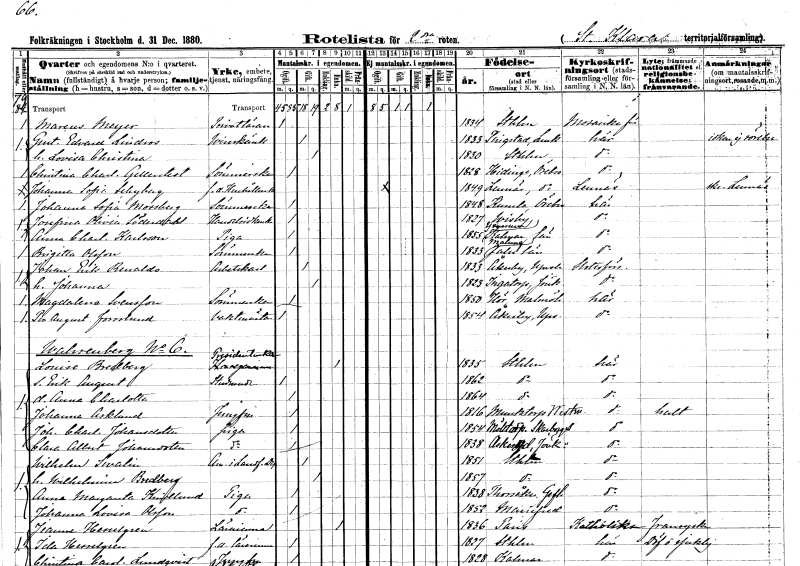
gt_parse: households: individuals: FN: Marcus
EN: Meyer
YRKE: Privatlärare
KON: M
CIV: O
FODAR: 1834
FODFORS: Stockholm
FN: Gustaf Edvard
EN: Lindros
YRKE: Vinskänk
KON: M
CIV: G
FODAR: 1833
FODFORS: Tingstad Östergötlands län
FN: Lovisa Christina
KON: K
CIV: G
FODAR: 1830
FODFORS: Stockholm
FN: Christina Charlotta
EN: Gellerstedt
YRKE: Sömmerska
KON: K
CIV: O
FODAR: 1828
FODFORS: Hidinge Örebro län
FN: Johanna Sofia
EN: Schyberg
YRKE: Hushållerska f.d.
KON: K
CIV: O
FODAR: 1849
FODFORS: Lännäs Örebro län
FN: Johanna Sofia
EN: Mossberg
YRKE: Sömmerska
KON: K
CIV: O
FODAR: 1848
FODFORS: Kumla Örebro län
FN: Josefina Olivia
EN: Söderdahl
YRKE: Handelsidkerska
KON: K
CIV: O
FODAR: 1827
FODFORS: Visby Gotlands län
FN: Anna Charlotta
EN: Karlsson
YRKE: Piga
KON: K
CIV: O
FODAR: 1855
FODFORS: Yxnerum Östergötlands län
FN: Brigitta
EN: Olsson
YRKE: Sömmerska
KON: K
CIV: O
FODAR: 1833
FODFORS: Malung Kopparbergs län
FN: Johan Erik
EN: Rinaldo
YRKE: Arbetskarl
KON: M
CIV: G
FODAR: 1833
FODFORS: Åkerby Uppsala län
FN: Johanna
KON: K
CIV: G
FODAR: 1823
FODFORS: Ingatorp Jönköpings län
FN: Magdalena
EN: Svensson
YRKE: Sömmerska
KON: K
CIV: O
FODAR: 1850
FODFORS: Höör Malmöhus län
FN: Per August
EN: Forslund
YRKE: Vaktmästare
KON: M
CIV: O
FODAR: 1854
FODFORS: Åkerby Uppsala län
FN: Louise
EN: Bredberg
YRKE: Presidentsänka
KON: K
CIV: E
FODAR: 1835
FODFORS: Stockholm
FN: Erik August
YRKE: Studerande
KON: M
CIV: O
FODAR: 1862
FODFORS: Stockholm
FN: Anna Charlotta
KON: K
CIV: O
FODAR: 1864
FODFORS: Stockholm
FN: Johanna
EN: Asklund
YRKE: Jungfru
KON: K
CIV: O
FODAR: 1816
FODFORS: Munktorp Västmanlands län
FN: Johanna Charlotta
EN: Johansdotter
YRKE: Piga
KON: K
CIV: O
FODAR: 1854
FODFORS: Mölltorp Skaraborgs län
FN: Clara Alberta
EN: Johansdotter
YRKE: Piga
KON: K
CIV: O
FODAR: 1838
FODFORS: Askeryd Jönköpings län
FN: Wilhelm
EN: Swalin
YRKE: Amanuens i Landf.dep.
KON: M
CIV: G
FODAR: 1851
FODFORS: Stockholm
FN: Wilhelmina
EN: Bredberg
KON: K
CIV: G
FODAR: 1857
FODFORS: Stockholm
FN: Anna Margareta
EN: Kindlund
YRKE: Piga
KON: K
CIV: O
FODAR: 1838
FODFORS: Torsåker Gävleborgs län
FN: Johanna Lovisa
EN: Olsson
YRKE: Piga
KON: K
CIV: O
FODAR: 1852
FODFORS: Mariefred Södermanlands län